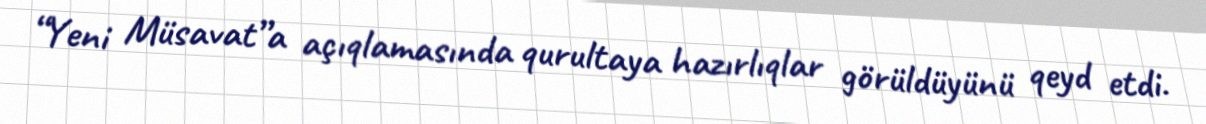
“Yeni Müsavat”a açıqlamasında qurultaya hazırlıqlar görüldüyünü qeyd etdi.